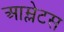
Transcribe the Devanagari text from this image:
आम्लेटस